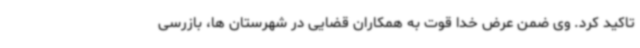
تاکید کرد. وی ضمن عرض خدا قوت به همکاران قضایی در شهرستان ها، بازرسی